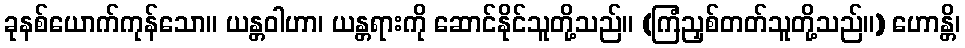
ခုနစ်ယောက်ကုန်သော။ ယန္တဝါဟာ၊ ယန္တရားကို ဆောင်နိုင်သူတို့သည်။ (ကြံညှစ်တတ်သူတို့သည်။) ဟောန္တိ၊